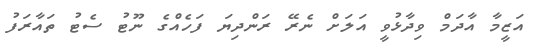
އަޒީމާ އާދަމް ވިދާޅުވީ އަލަށް ނެރޭ ރަންދިޔަ ފަހެއްގެ ނޫޓު ސެޓު ތައާރަފު